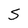
Character: S